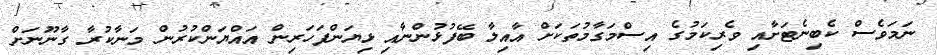
ނަމަވެސް ކެބިނެޓަށާއި ވެރިކަމުގެ އިސްމަގާމުތަކަށް އާއިލާ ބޭފުޅުންނާއި ޅިޔަންފަހަރިން އައްޔަންކުރުން މަނާކުރާ ގާނޫނަށް